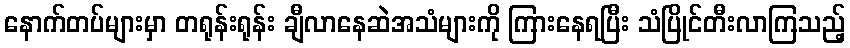
နောက်တပ်များမှာ တရုန်းရုန်း ချီလာနေဆဲအသံများကို ကြားနေရပြီး သံပြိုင်တီးလာကြသည့်